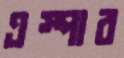
এস্পার